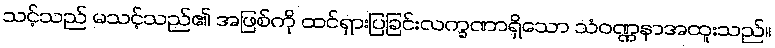
သင့်သည် မသင့်သည်၏ အဖြစ်ကို ထင်ရှားပြခြင်းလက္ခဏာရှိသော သံဝဏ္ဏနာအထူးသည်။